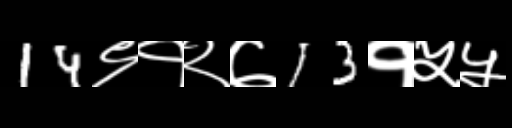
Text: 14९१२७13१५५